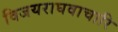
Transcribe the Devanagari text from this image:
विजयराघवाचारि